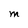
Character: M